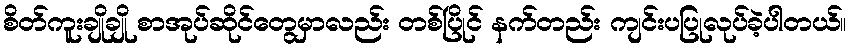
စိတ်ကူးချိုချို စာအုပ်ဆိုင်တွေမှာလည်း တစ်ပြိုင် နက်တည်း ကျင်းပပြုလုပ်ခဲ့ပါတယ်။